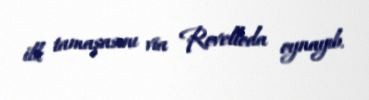
ilk tamaşasını via Rovelloda oynayıb.